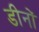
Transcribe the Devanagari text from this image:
डीनों